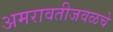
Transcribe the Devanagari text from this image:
अमरावतीजवळचे